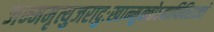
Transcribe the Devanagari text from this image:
जन्ममृत्युजरादुःखान्मुक्‍तोऽद्यापिविराजते